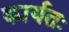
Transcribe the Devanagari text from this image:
कार्यतः